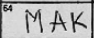
Transcription: MAK